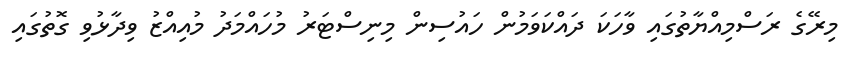
މިރޭގެ ރަސްމިއްޔާތުގައި ވާހަކަ ދައްކަވަމުން ހައުސިން މިނިސްޓަރު މުހައްމަދު މުއިއްޒު ވިދާޅުވި ގޮތުގައި